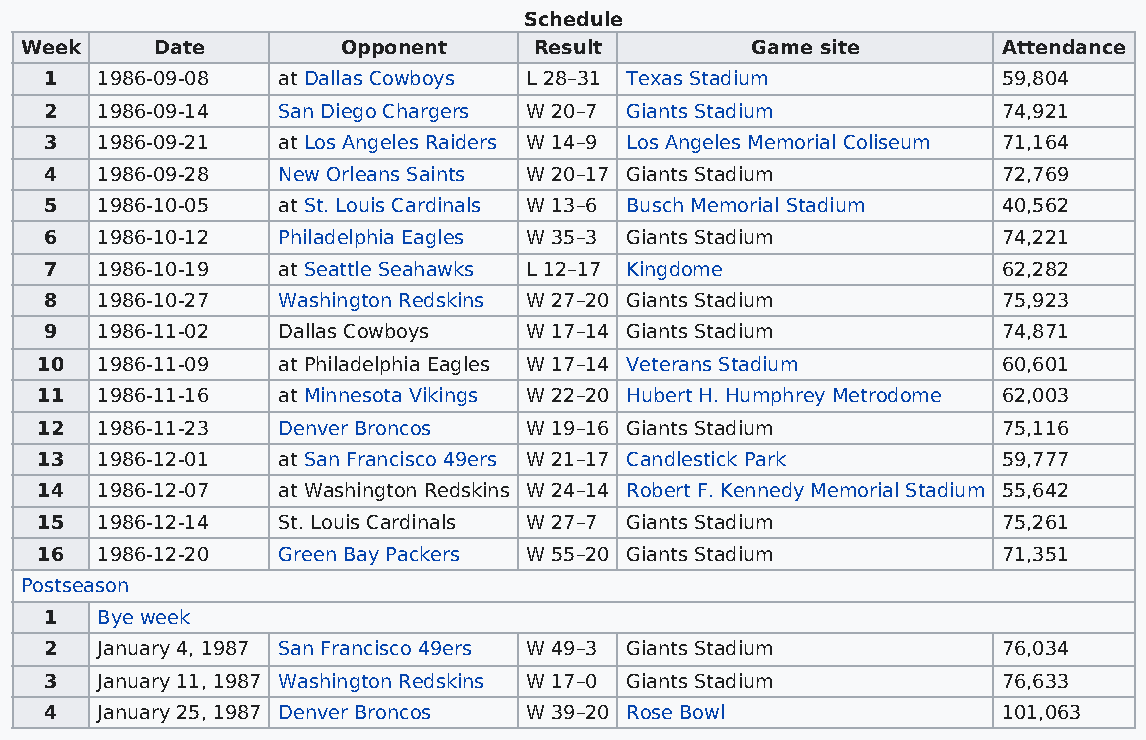
Schedule
 Week     Date         Opponent    Result         Game site       Attendance
 1  1986-09-08  at Dallas Cowboys L 28–31 Texas Stadium         59,804
 2  1986-09-14  San Diego Chargers W 20–7 Giants Stadium        74,921
 3  1986-09-21  at Los Angeles Raiders W 14–9 Los Angeles Memorial Coliseum 71,164
 4  1986-09-28  New Orleans Saints W 20–17 Giants Stadium       72,769
 5  1986-10-05  at St. Louis Cardinals W 13–6 Busch Memorial Stadium 40,562
 6  1986-10-12  Philadelphia Eagles W 35–3 Giants Stadium       74,221
 7  1986-10-19  at Seattle Seahawks L 12–17 Kingdome            62,282
 8  1986-10-27  Washington Redskins W 27–20 Giants Stadium      75,923
 9  1986-11-02  Dallas Cowboys   W 17–14 Giants Stadium         74,871
 10  1986-11-09  at Philadelphia Eagles W 17–14 Veterans Stadium 60,601
 11  1986-11-16  at Minnesota Vikings W 22–20 Hubert H. Humphrey Metrodome 62,003
 12  1986-11-23  Denver Broncos   W 19–16 Giants Stadium         75,116
 13  1986-12-01  at San Francisco 49ers W 21–17 Candlestick Park 59,777
 14  1986-12-07  at Washington Redskins W 24–14 Robert F. Kennedy Memorial Stadium 55,642
 15  1986-12-14  St. Louis Cardinals W 27–7 Giants Stadium       75,261
 16  1986-12-20  Green Bay Packers W 55–20 Giants Stadium        71,351
 Postseason
 1  Bye week
 2  January 4, 1987 San Francisco 49ers W 49–3 Giants Stadium   76,034
 3  January 11, 1987 Washington Redskins W 17–0 Giants Stadium  76,633
 4  January 25, 1987 Denver Broncos W 39–20 Rose Bowl           101,063